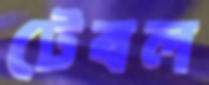
টেবল